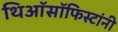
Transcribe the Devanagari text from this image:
थिऑसॉफिस्टांनी